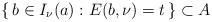
LaTeX: \begin{align*} \{\, b \in I_\nu (a) : E(b,\nu) = t \,\} \subset A \end{align*}